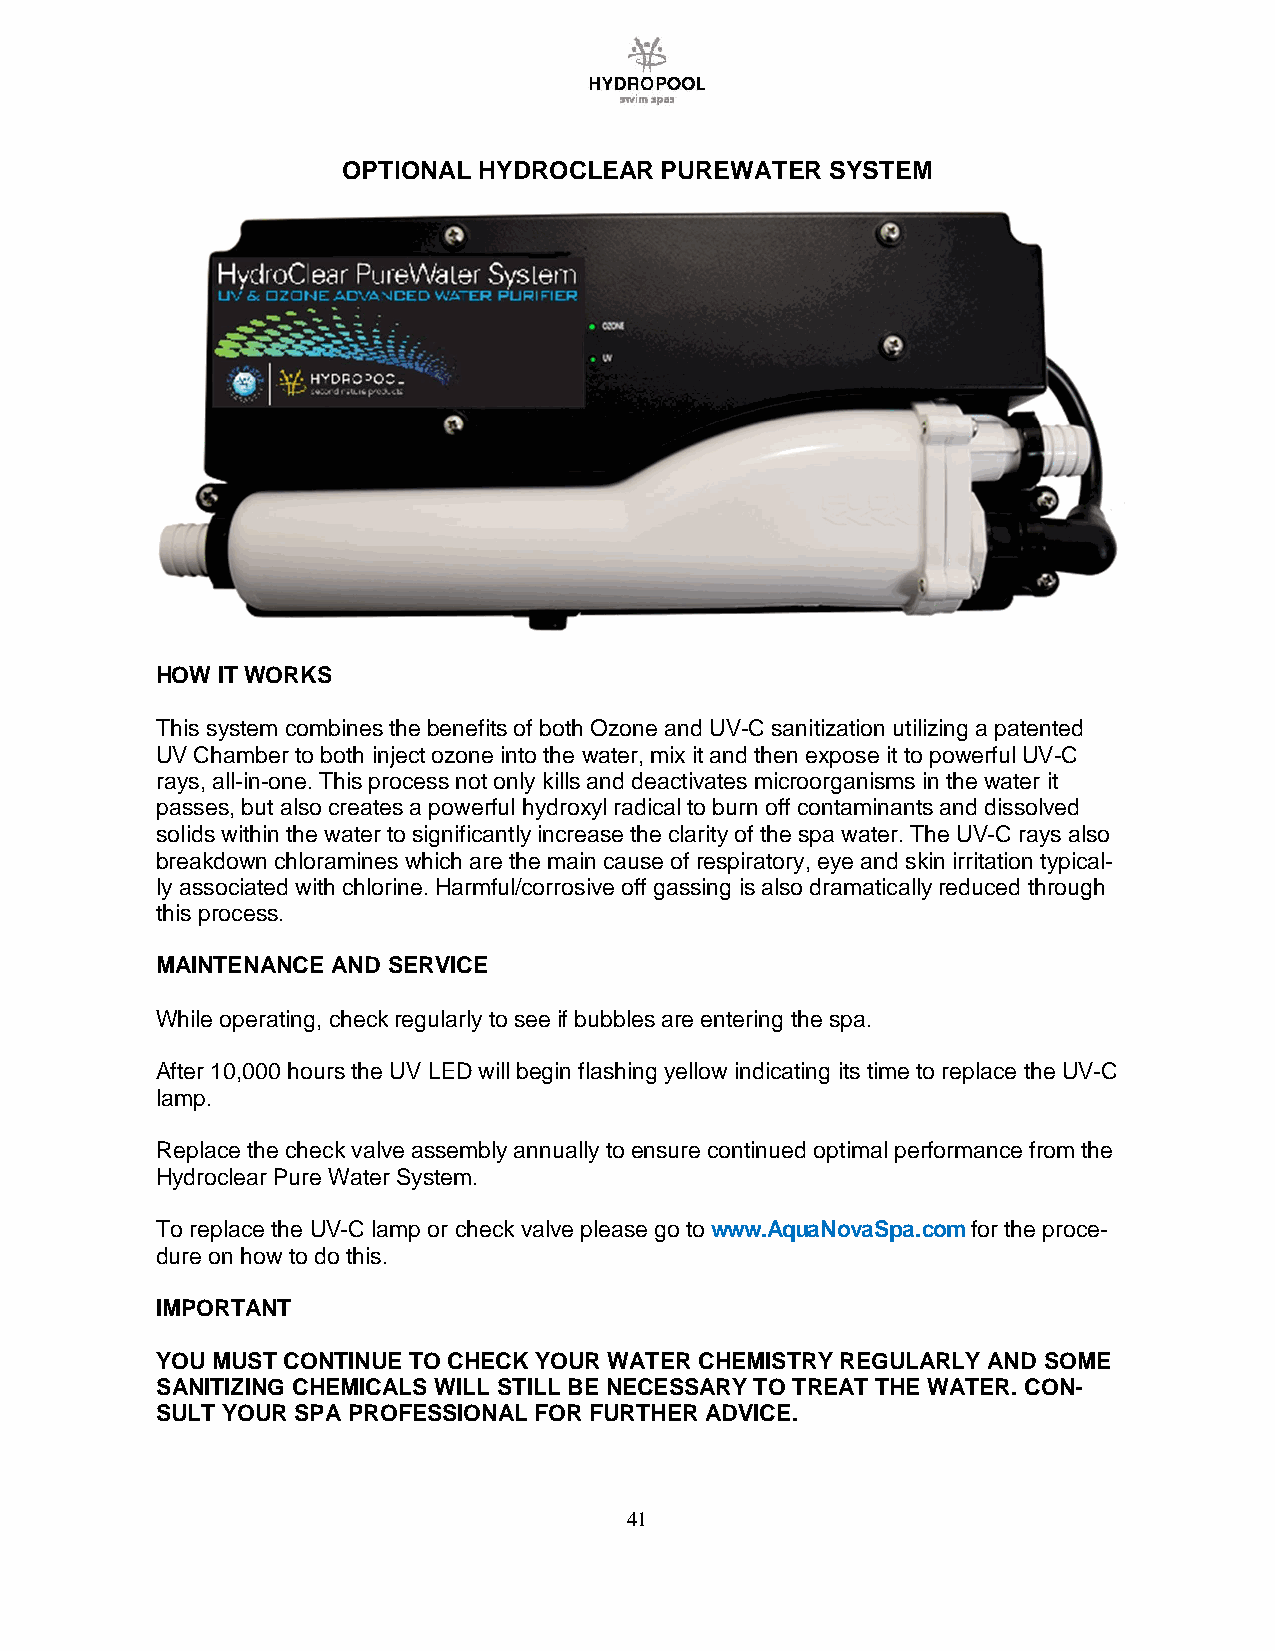
OPTIONAL HYDROCLEAR  PUREWATER  SYSTEM
 HOW IT WORKS
 This system combines the benefits of both Ozone and UV-C sanitization utilizing a patented
 UV Chamber to both inject ozone into the water, mix it and then expose it to powerful UV-C
 rays, all-in-one. This process not only kills and deactivates microorganisms in the water it
 passes, but also creates a powerful hydroxyl radical to burn off contaminants and dissolved
 solids within the water to significantly increase the clarity of the spa water. The UV-C rays also
 breakdown chloramines which are the main cause of respiratory, eye and skin irritation typical-
 ly associated with chlorine. Harmful/corrosive off gassing is also dramatically reduced through
 this process.
 MAINTENANCE AND SERVICE
 While operating, check regularly to see if bubbles are entering the spa.
 After 10,000 hours the UV LED will begin flashing yellow indicating its time to replace the UV-C
 lamp.
 Replace the check valve assembly annually to ensure continued optimal performance from the
 Hydroclear Pure Water System.
 To replace the UV-C lamp or check valve please go to www.AquaNovaSpa.com for the proce-
 dure on how to do this.
 IMPORTANT
 YOU MUST CONTINUE TO CHECK YOUR WATER CHEMISTRY REGULARLY AND SOME
 SANITIZING CHEMICALS WILL STILL BE NECESSARY TO TREAT THE WATER. CON-
 SULT YOUR SPA PROFESSIONAL FOR FURTHER ADVICE.
 41